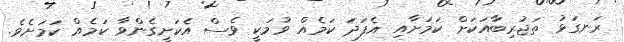
ރަނގަޅު ތަޖުރިބާއަކަށް ކަމަށާއި އެފަދަ ކަމެއް ވުމަކީ ވެސް އެކަށީގެންވާ ކަމެއް ކަމަށެވެ.